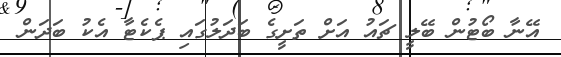
އޭނާ ބޯޓުން ބޭލީ ޗައު އަށް ތަށީގެ ބަދަލުގައި ޕެކެޓާ އެކު ބަދަން